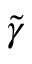
\tilde { \gamma }